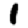
Digit: 1